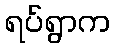
ရပ်ရွာက